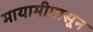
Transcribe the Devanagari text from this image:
मायामीपासून